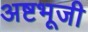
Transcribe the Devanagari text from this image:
अष्टभूजी